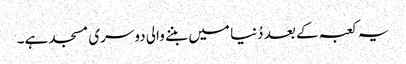
یہ کعبہ کے بعد دُنیا میں بننے والی دوسری مسجد ہے۔